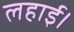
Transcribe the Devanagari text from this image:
लहाई।